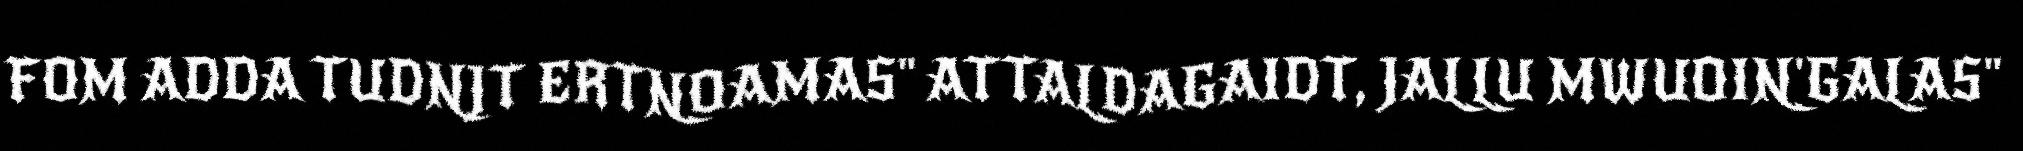
FOM ADDA TUDNJT ERTNOAMAS" ATTALDAGAIDT, JALLU MWUOIN'GALAS"